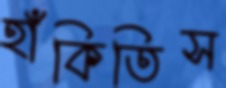
হাঁকিতিস